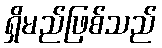
ရှိမည်ဖြစ်သည်